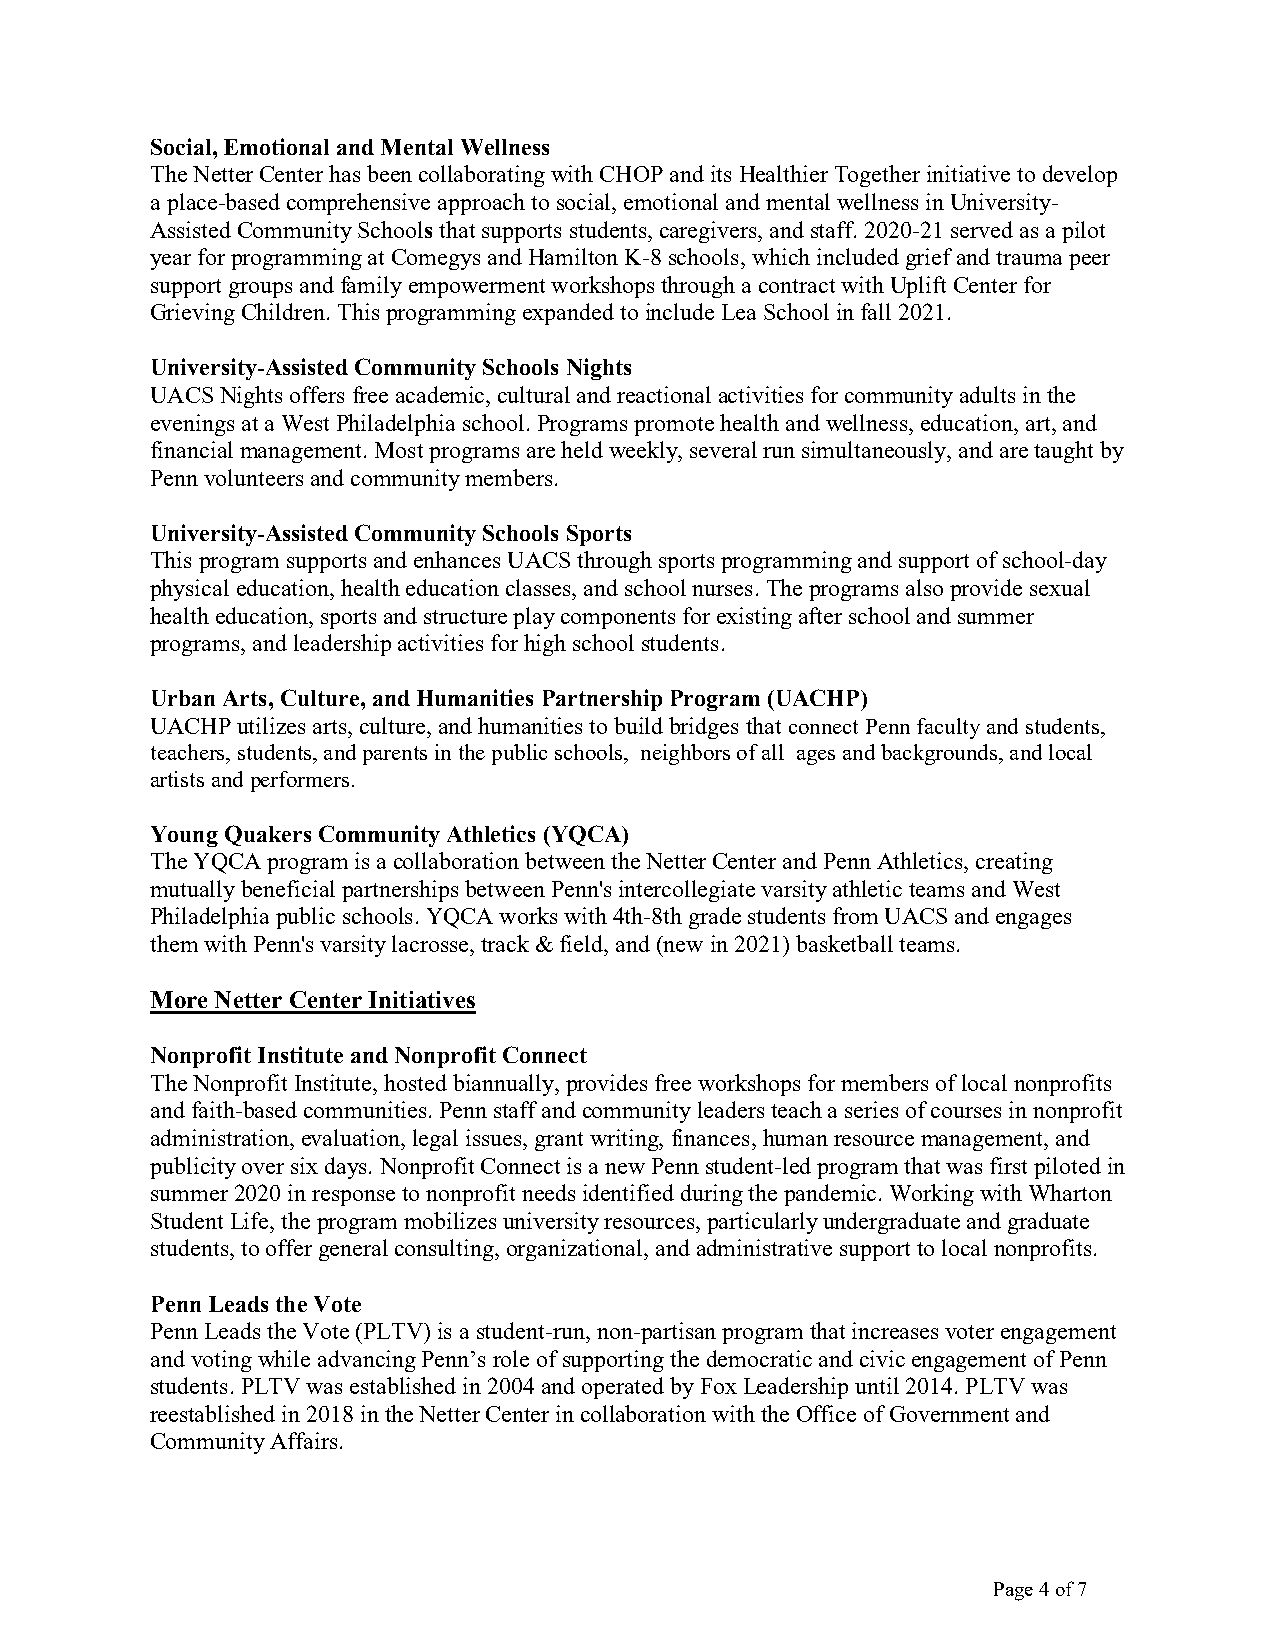
Social, Emotional and Mental Wellness
 The Netter Center has been collaborating with CHOP and its Healthier Together initiative to develop
 a place-based comprehensive approach to social, emotional and mental wellness in University-
 Assisted Community Schools that supports students, caregivers, and staff. 2020-21 served as a pilot
 year for programming at Comegys and Hamilton K-8 schools, which included grief and trauma peer
 support groups and family empowerment workshops through a contract with Uplift Center for
 Grieving Children. This programming expanded to include Lea School in fall 2021.
 University-Assisted Community Schools Nights
 UACS Nights offers free academic, cultural and reactional activities for community adults in the
 evenings at a West Philadelphia school. Programs promote health and wellness, education, art, and
 financial management. Most programs are held weekly, several run simultaneously, and are taught by
 Penn volunteers and community members.
 University-Assisted Community Schools Sports
 This program supports and enhances UACS through sports programming and support of school-day
 physical education, health education classes, and school nurses. The programs also provide sexual
 health education, sports and structure play components for existing after school and summer
 programs, and leadership activities for high school students.
 Urban Arts, Culture, and Humanities Partnership Program (UACHP)
 UACHP utilizes arts, culture, and humanities to build bridges that connect Penn faculty and students,
 teachers, students, and parents in the public schools, neighbors of all ages and backgrounds, and local
 artists and performers.
 Young Quakers Community Athletics (YQCA)
 The YQCA program is a collaboration between the Netter Center and Penn Athletics, creating
 mutually beneficial partnerships between Penn's intercollegiate varsity athletic teams and West
 Philadelphia public schools. YQCA works with 4th-8th grade students from UACS and engages
 them with Penn's varsity lacrosse, track & field, and (new in 2021) basketball teams.
 More Netter Center Initiatives
 Nonprofit Institute and Nonprofit Connect
 The Nonprofit Institute, hosted biannually, provides free workshops for members of local nonprofits
 and faith-based communities. Penn staff and community leaders teach a series of courses in nonprofit
 administration, evaluation, legal issues, grant writing, finances, human resource management, and
 publicity over six days. Nonprofit Connect is a new Penn student-led program that was first piloted in
 summer 2020 in response to nonprofit needs identified during the pandemic. Working with Wharton
 Student Life, the program mobilizes university resources, particularly undergraduate and graduate
 students, to offer general consulting, organizational, and administrative support to local nonprofits.
 Penn Leads the Vote
 Penn Leads the Vote (PLTV) is a student-run, non-partisan program that increases voter engagement
 and voting while advancing Penn’s role of supporting the democratic and civic engagement of Penn
 students. PLTV was established in 2004 and operated by Fox Leadership until 2014. PLTV was
 reestablished in 2018 in the Netter Center in collaboration with the Office of Government and
 Community Affairs.
 Page 4 of 7